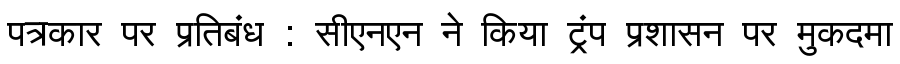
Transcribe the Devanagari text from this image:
पत्रकार पर प्रतिबंध : सीएनएन ने किया ट्रंप प्रशासन पर मुकदमा